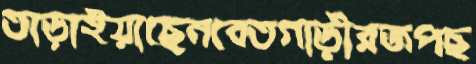
তাড়াইয়াছেনবেতগাড়ীরজপছ